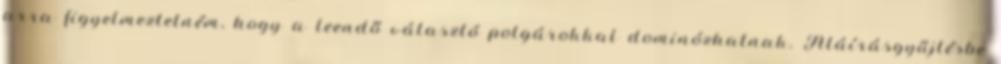
arra figyelmeztetném, hogy a leendő választó polgárokkal dominózhatnak. Aláírásgyűjtésbe